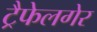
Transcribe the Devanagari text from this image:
ट्रैफेलगेर